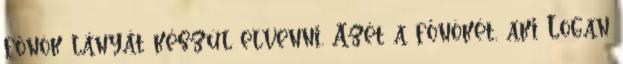
főnök lányát készül elvenni. Azét a főnökét, aki Logan